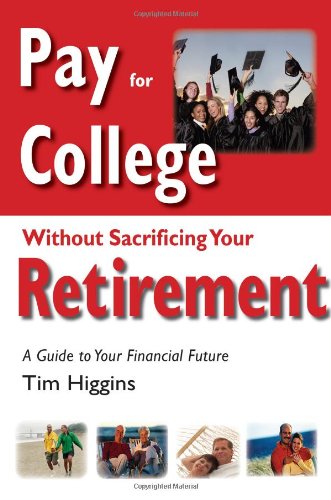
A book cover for Pay for College Without Sacrificing Your Retirement: A Guide to Your Financial Future; Tim Higgins; Business & Money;